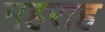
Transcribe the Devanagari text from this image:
महराह